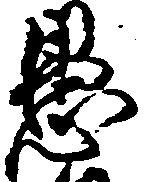
愚